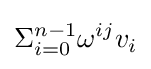
\Sigma _{i=0}^{n-1}\omega ^{ij}v_{i}